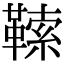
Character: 𩌈